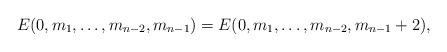
LaTeX: \begin{align*}E(0,m_1,\ldots,m_{n-2},m_{n-1})=E(0,m_1,\ldots,m_{n-2}, m_{n-1}+2),\end{align*}